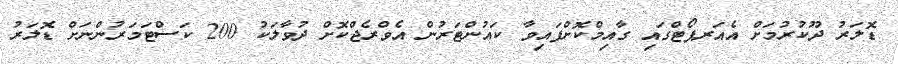
ޑޮލަރު ދޫކުރުމަށް އެއަރޕޯޓްގައި ގާއިމްކޮށްފައިވާ ކައުންޓަރުން އެވްރެޖްކޮށް ދުވާލަކު 200 ކަސްޓަމަރުންނަށް ޑޮލަރު